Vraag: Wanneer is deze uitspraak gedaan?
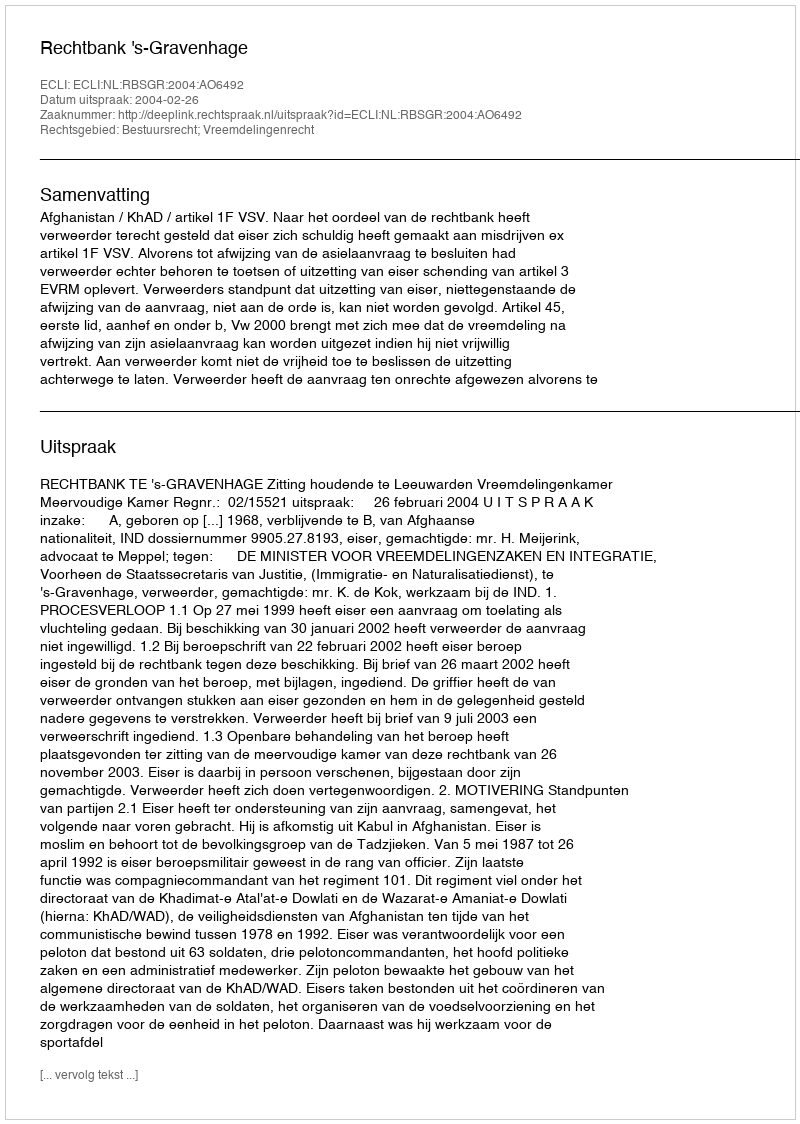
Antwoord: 2004-02-26